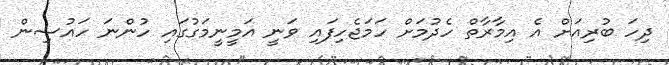
ދިހަ ބުރިއަށް އެ އިމާރާތް ހެދުމަށް ހަމަޖެހިފައި ވަނީ އަމީނީމަގުގައި ހުންނަ ހައުސިން